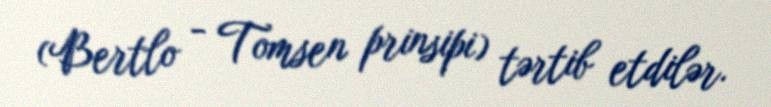
(Bertlo - Tomsen prinsipi) tərtib etdilər.